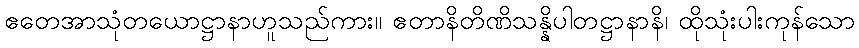
ဧတေအာသုံတယောဋ္ဌာနာဟူသည်ကား။ ဧတာနိတိဏိသန္နိပါတဋ္ဌာနာနိ၊ ထိုသုံးပါးကုန်သော